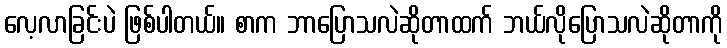
လေ့လာခြင်းပဲ ဖြစ်ပါတယ်။ စာက ဘာပြောသလဲဆိုတာထက် ဘယ်လိုပြောသလဲဆိုတာကို